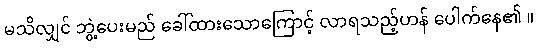
မသိလျှင် ဘွဲ့ပေးမည် ခေါ်ထားသောကြောင့် လာရသည့်ဟန် ပေါက်နေ၏ ။